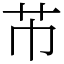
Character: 芇